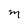
Character: M